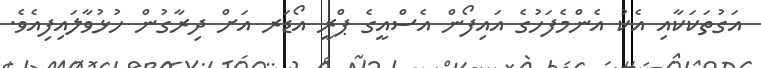
އަގުތަކަކާއި އެކު އެންމެފަހުގެ އައިފޯން އެސްއީގެ ޕްރީ އޯޑަރ އަށް ދިރާގުން ހުޅުވާލައިފިއެވެ.